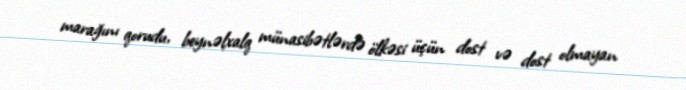
marağını qorudu, beynəlxalq münasibətlərdə ölkəsi üçün dost və dost olmayan